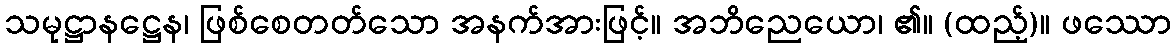
သမုဋ္ဌာနဋ္ဌေန၊ ဖြစ်စေတတ်သော အနက်အားဖြင့်။ အဘိညေယော၊ ၏။ (ထည့်)။ ဖဿော